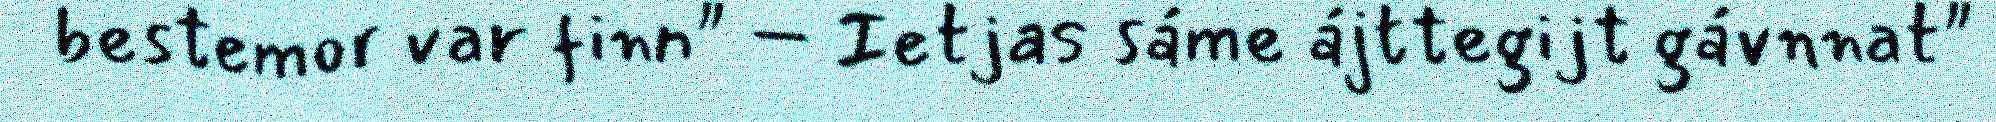
bestemor var finn" – Ietjas sáme ájttegijt gávnnat"